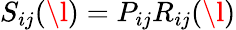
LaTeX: S_{ij}(\l)=P_{ij}R_{ij}(\l)